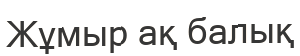
Жұмыр ақ балық